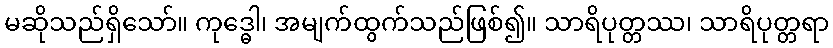
မဆိုသည်ရှိသော်။ ကုဒ္ဓေါ၊ အမျက်ထွက်သည်ဖြစ်၍။ သာရိပုတ္တဿ၊ သာရိပုတ္တရာ